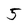
Character: 5